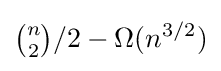
{\tbinom {n}{2}}/2-\Omega (n^{3/2})